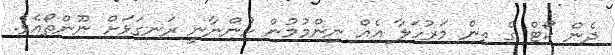
ދެން ކޯޓް ގެ ތިން މަރުހަލާ އެއް ނިންމުމުން ހުންނާނީ ރަނގަޅަށް ނޫންތޯއެވެ.